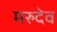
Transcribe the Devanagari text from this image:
मरुदेव